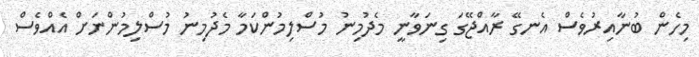
މިހެން ބުނާއިރުވެސް އެނގޭ ރާއްޖޭގަ ގިނަވާނީ މެދުމިނު މުސްލިމުންކަމާ މެދުމިނު މުސްލިމުންނަށް އެއްވެސް